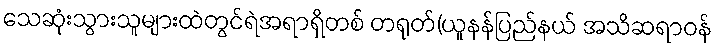
သေဆုံးသွားသူများထဲတွင်ရဲအရာရှိတစ် တရုတ်(ယူနန်ပြည်နယ် အသိဆရာဝန်